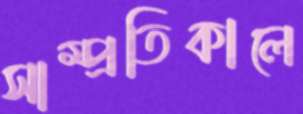
সাম্প্রতিকালে